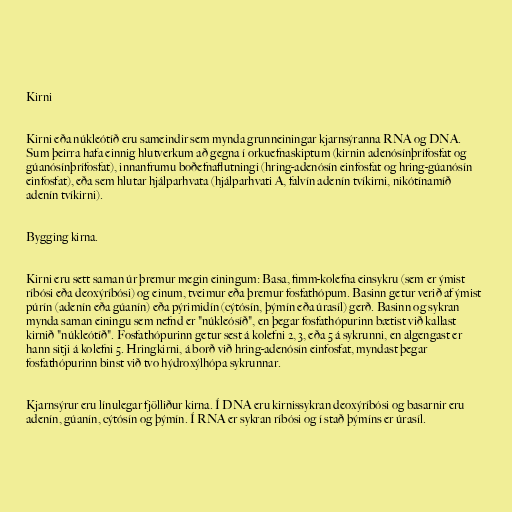
Kirni

Kirni eða núkleótíð eru sameindir sem mynda grunneiningar kjarnsýranna RNA og DNA.
Sum þeirra hafa einnig hlutverkum að gegna í orkuefnaskiptum (kirnin adenósínþrífosfat og
gúanósínþrífosfat), innanfrumu boðefnaflutningi (hring-adenósín einfosfat og hring-gúanósín
einfosfat), eða sem hlutar hjálparhvata (hjálparhvati A, falvín adenín tvíkirni, nikótínamíð
adenín tvíkirni).

Bygging kirna.

Kirni eru sett saman úr þremur megin einingum: Basa, fimm-kolefna einsykru (sem er ýmist
ríbósi eða deoxýríbósi) og einum, tveimur eða þremur fosfathópum. Basinn getur verið af ýmist
púrín (adenín eða gúanín) eða pýrimidín (cýtósín, þýmín eða úrasíl) gerð. Basinn og sykran
mynda saman einingu sem nefnd er "núkleósíð", en þegar fosfathópurinn bætist við kallast
kirnið "núkleótíð". Fosfathópurinn getur sest á kolefni 2, 3, eða 5 á sykrunni, en algengast er
hann sitji á kolefni 5. Hringkirni, á borð við hring-adenósín einfosfat, myndast þegar
fosfathópurinn binst við tvo hýdroxýlhópa sykrunnar.

Kjarnsýrur eru línulegar fjölliður kirna. Í DNA eru kirnissykran deoxýríbósi og basarnir eru
adenín, gúanín, cýtósín og þýmín. Í RNA er sykran ríbósi og í stað þýmíns er úrasíl.